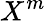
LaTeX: X^{m}